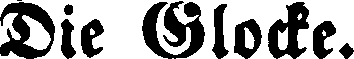
Die Glocke.